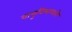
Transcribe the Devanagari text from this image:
वायुविभागाने